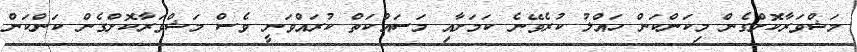
މަޝްވަރާކޮށްގެން މިކަންކަން ހައްލު ކުރެވޭނެ ކަމަށާއި މަސައްކަތް ކުރައްވަނީ ވެސް މަޝްވަރާކޮށްގެން ކަންކަން